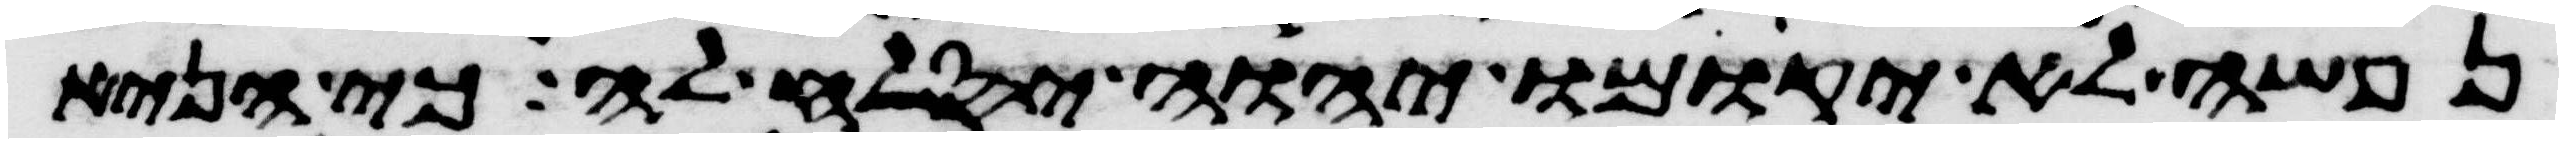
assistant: נפשה לא יקומו ויהוה יסלח לה כי הניא